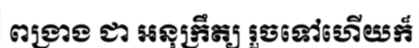
ពង្រាង ជា អនុក្រឹត្យ រួចទៅហើយក៏